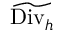
\widetilde { \mathrm { D i v } _ { h } }